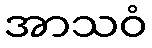
အာသဝံ